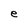
Character: e